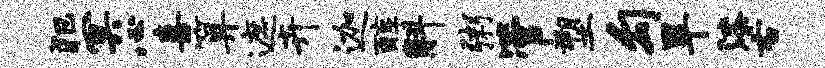
犯冥心喜算遮卉迦醇斛粥管塑勾旱漆右